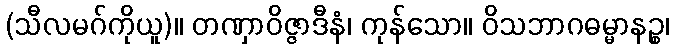
(သီလမဂ်ကိုယူ)။ တဏှာဝိဇ္ဇာဒီနံ၊ ကုန်သော။ ဝိသဘာဂဓမ္မာနဉ္စ၊